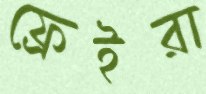
ফ্রেইরা